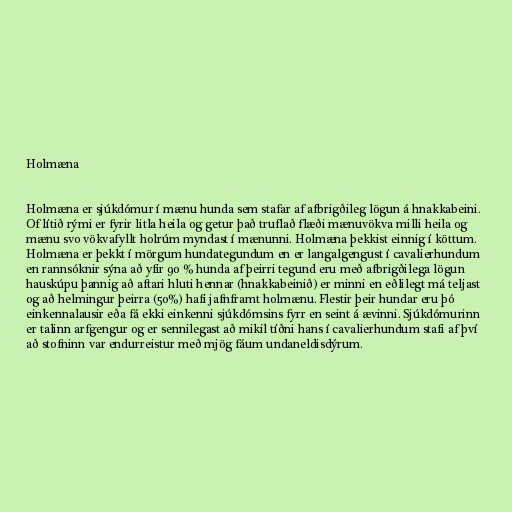
Holmæna

Holmæna er sjúkdómur í mænu hunda sem stafar af afbrigðileg lögun á hnakkabeini.
Of lítið rými er fyrir litla heila og getur það truflað flæði mænuvökva milli heila og
mænu svo vökvafyllt holrúm myndast í mænunni. Holmæna þekkist einnig í köttum.
Holmæna er þekkt í mörgum hundategundum en er langalgengust í cavalierhundum
en rannsóknir sýna að yfir 90 % hunda af þeirri tegund eru með afbrigðilega lögun
hauskúpu þannig að aftari hluti hennar (hnakkabeinið) er minni en eðlilegt má teljast
og að helmingur þeirra (50%) hafi jafnframt holmænu. Flestir þeir hundar eru þó
einkennalausir eða fá ekki einkenni sjúkdómsins fyrr en seint á ævinni. Sjúkdómurinn
er talinn arfgengur og er sennilegast að mikil tíðni hans í cavalierhundum stafi af því
að stofninn var endurreistur með mjög fáum undaneldisdýrum.